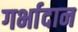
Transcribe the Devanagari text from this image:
गर्भादान